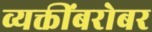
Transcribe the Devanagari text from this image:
व्यक्तींबरोबर